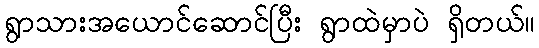
ရွာသားအယောင်ဆောင်ပြီး ရွာထဲမှာပဲ ရှိတယ်။